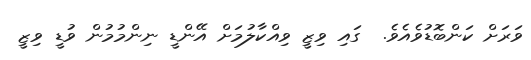
ވަރަށް ކަންބޮޑުވެއެވެ.  ގައި ވިޒީ ވިއްކާލުމަށް އޭންޑީ ނިންމުމުން ވުޑީ ވިޒީ